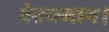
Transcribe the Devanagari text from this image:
वेतनमान।